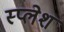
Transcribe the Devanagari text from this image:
स्प्लेश